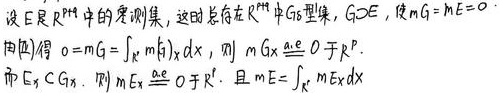
设\(E\)是\(\mathbb{R}^{n}\)中的可测集，这时总有在\(\mathbb{R}^{n}\)中的\(G_{\delta}\)型集\(G_{\delta}\)，满足\(G_{\delta}\supset E\)，使\(mG = mE = 0\)。由（性质）得\(0 = mG=\int_{E} m(\xi)_{X} dx\)，则\(mG_{X} \overset{a.e.}{=} 0\)于\(\mathbb{R}^{p}\)。而\(E_{X} \subset G_{X}\)，则\(mE_{X} \overset{a.e.}{=} 0\)于\(\mathbb{R}^{p}\)。且\(mE=\int_{E_{X}} mE_{X}dx\)。